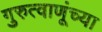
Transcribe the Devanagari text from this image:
गुरुत्वाणूंच्या